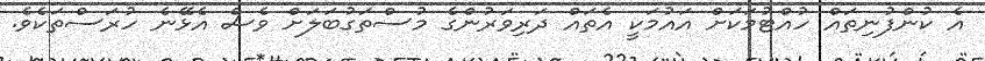
އެ ކުންފުނިތައް ހުއްޓުމަކަށް އައުމަކީ އެތައް ދަރިވަރުންގެ މުސްތަގުބަލަށް ވެސް އެޅޭނެ ހުރަސްތަކެވެ.